Vaccination in the Punjab 1867-1880 - 1867-1880
Year: 1867
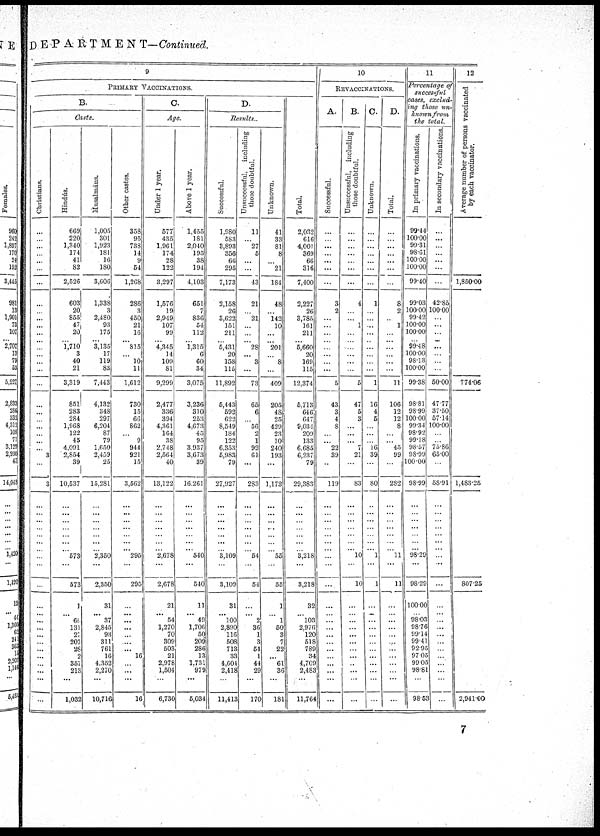
DEPARTMENT—Continued.
9
PRIMARY VACCINATIONS.
B.
Caste.
Christians.
...
...
...
...
...
...
...
...
...
...
...
...
... ...
...
...
...
...
...
...
...
...
...
...
...
3
...
3
...
...
...
...
...
...
...
...
...
...
...
... ...
...
...
...
...
...
...
...
...
...
Hindús.
669
220
1,340
174
41
82
2,526
603
20
855
47
20
... 1,710
3
40
21
3,319
851
283
284
1,968
122
45
4,091
2,854
39
10,537
...
...
...
...
...
...
... 573
...
573
1
... 66
131
27
207
28
2
357
213
...
1,032
Musalmáns.
1,005
301
1,923
181
16
180
3,606
1,338
3
2,480
93
175
... 3,135
17
119
83
7,443
4,132
348
297
6,204
87
79
1,650
2,459
25
15,281
...
...
...
...
...
...
... 2,350
...
2,350
31
... 37
2,845
93
311
761
16
4,352
2,270
...
10,716
Other castes.
358
95
738
14
9
54
1,268
286
3
450
21
16
... 815
...
10
11
1,612
730
15
66
862
9
944
921
15
3,562
...
...
...
...
...
...
... 295
...
295
...
... ...
...
...
...
...
16
...
...
...
16
C.
Age.
Under 1 year.
577
435
1,961
174
28
122
3,297
1,576
19
2,949
107
99
... 4,345
14
109
81
9,299
2,477
336
394
4,361
164
38
2,748
2,564
40
13,122
...
...
...
...
...
...
... 2,678
...
2,678
21
...
64
1,270
70
309
503
21
2,978
1,504
...
6,730
Above 1 year.
1,455
181
2,040
195
38
194
4,103
651
7
836
54
112
... 1,315
6
60
34
3,075
3,236
310
253
4,673
45
95
3,937
3,673
39
16,261
...
...
...
...
...
...
... 540
...
540
11
...
49
1,706
50
209
286
13
1,731
979
...
5,034
D.
Results.
Successful.
1,980
583
3,893
356
66
295
7,173
2,158
26
3,622
151
211
... 5,431
20
158
115
11,892
5,443
592
622
8,549
184
122
6,353
5,983
79
27,927
...
...
...
...
...
...
3,109
...
3,109
31
... 100
2,890
116
508
713
33
4,604
2,418
...
11,413
Unsuccessful,
including
those doubtful.
11
...
27
5
...
...
43
21
...
21
...
...
... 28
...
3
...
73
65
6
...
56
2
1
92
61
...
283
...
...
...
...
...
...
... 54
...
54
...
... 2
36
1
3
54
1
44
29
...
170
Unknown.
41
33
81
8
...
21
181
48
...
142
10
...
... 201
...
8
...
409
205
48
25
429
23
10
240
193
...
1,173
...
...
...
...
...
...
... 55
...
55
1
1
50
3
7
22
...
61
36
...
181
Total.
2,032
616
4,000
369
66
316
7,400
2,227
26
3,785
161
211
... 5,660
20
169
115
12,374
5,713
646
647
9,034
209
133
6,685
6,237
79
29,383
...
...
...
...
...
...
... 3,218
...
3,218
32
... 103
2,976
120
518
789
34
4,709
2,483
...
11,764
10 REVACCINATIONS.
A.
Successful.
...
...
...
...
...
...
...
3
2
...
...
...
... ...
...
...
...
5
43
3
4
8
...
...
22
39
119
...
...
...
...
...
...
...
...
...
...
... ...
...
...
...
...
...
...
...
...
...
B.
Unsuccessful,
including
those doubtful.
...
...
...
...
...
...
...
4
...
...
1
...
... ...
...
...
...
5
47
5
3
...
...
...
7
21
83
...
...
...
...
...
...
... 10
...
10
...
...... ...
...
...
...
...
...
...
...
...
...
C.
Unknown.
...
...
...
...
...
...
1
...
...
...
...
... ...
...
...
...
1
16
4
5
...
...
...
16
39
80
...
...
...
...
...
...
... 1
...
1
...
... ...
...
...
...
...
...
...
...
...
...
D.
Total.
...
...
...
...
...
...
8
2
...
1
...
... ...
...
...
...
11
106
12
12
8
...
...
45
99
...
282
...
...
...
...
...
...
... 11
...
11
...
... ...
...
...
...
...
...
...
...
...
...
11
Percentage of
successful
cases, exclud-
ing those un¬
known from
the total.
In primary vaccinations.
99.44
100.00
99.31
98.61
100.00
100.00
99.40
99.03
100.00
99.42
100.00
100.00
... 99.48
100.00
98.13
100.00
99.38
98.81
98.99
100.00
99.34
98.92
99.18
98.57
98.99
100.00
98.99
...
...
...
...
...
...
... 98.29
98.29
100.00
... 98.03
98.76
99.14
99.41
92.95
97.05
99.05
98.81
...
98.53
In secondary vaccinations.
...
...
...
...
...
...
...
42.85
100.00
...
...
...
... ...
...
...
...
50.00
47.77
37.50
57.14
100.00
...
...
75.86
65.00
...
58.91
...
...
...
...
...
...
...
...
...
...
...
... ...
...
...
...
...
...
...
...
...
...
12
Average number of persons vaccinated
by each vaccinator.
1,850.00
774.06
1,483.25
807.25
2,941.00
7